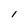
Character: 1